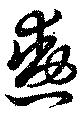
勲